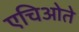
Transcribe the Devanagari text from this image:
एचिओते